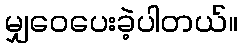
မျှဝေပေးခဲ့ပါတယ်။